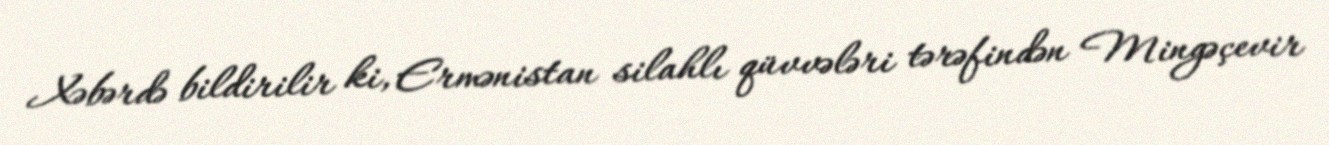
Xəbərdə bildirilir ki, Ermənistan silahlı qüvvələri tərəfindən Mingəçevir